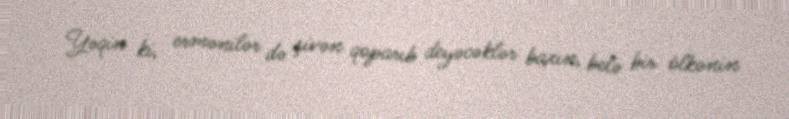
Yəqin ki, ermənilər də şivən qoparıb deyəcəklər baxın, belə bir ölkənin